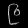
Digit: ၉